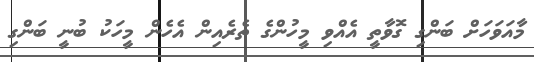
މާއަވަހަށް ބަންގި ގޮވާތީ އެއްވި މީހުންގެ ތެރެއިން އެހެން މީހަކު ބުނީ ބަންގި